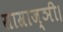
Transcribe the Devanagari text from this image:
साम्राज्ञी।